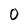
Character: 0